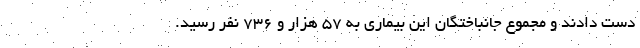
دست دادند و مجموع جانباختگان این بیماری به ۵۷ هزار و ۷۳۶ نفر رسید.